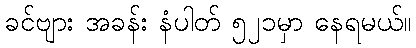
ခင်ဗျား အခန်း နံပါတ် ၅၂၁မှာ နေရမယ်။